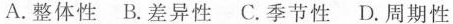
A.整体性 B.差异性 C.季节性 D.周期性